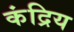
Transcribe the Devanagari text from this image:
कंद्रिय